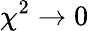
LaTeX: \chi^{2}\rightarrow 0